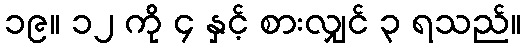
၁၉။ ၁၂ ကို ၄ နှင့် စားလျှင် ၃ ရသည်။